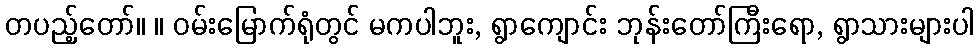
တပည့်တော်။ ။ ဝမ်းမြောက်ရုံတွင် မကပါဘူး, ရွာကျောင်း ဘုန်းတော်ကြီးရော, ရွာသားများပါ